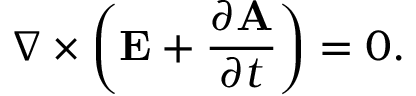
\nabla \times \left( \mathbf { E } + { \frac { \partial \mathbf { A } } { \partial t } } \right) = 0 .